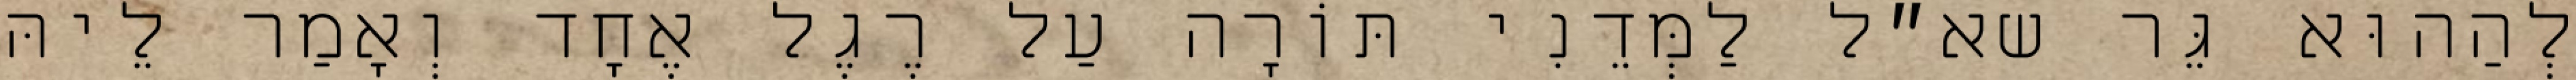
לְהַהוּא גֵּר שא״ל לַמְּדֵנִי תּוֹרָה עַל רֶגֶל אֶחָד וְאָמַר לֵיהּ